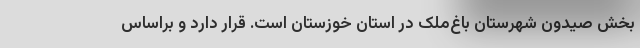
بخش صیدون شهرستان باغ‌ملک در استان خوزستان است. قرار دارد و براساس